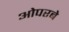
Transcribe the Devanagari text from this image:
ओपरबे